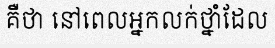
គឺថា នៅពេលអ្នកលក់ថ្នាំដែល